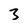
Character: 3